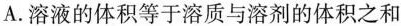
A.溶液的体积等于溶质与溶剂的体积之和